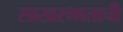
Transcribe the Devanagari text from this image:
साखरभाताची